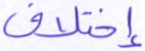
إختلاف